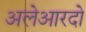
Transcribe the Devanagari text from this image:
अलेआरदो